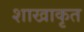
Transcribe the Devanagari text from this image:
शाखाकृत